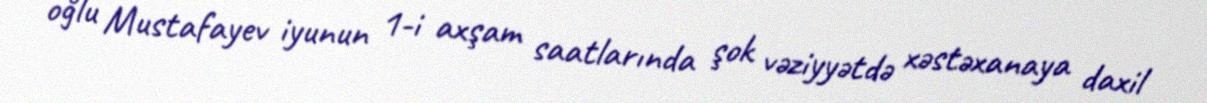
oğlu Mustafayev iyunun 1-i axşam saatlarında şok vəziyyətdə xəstəxanaya daxil